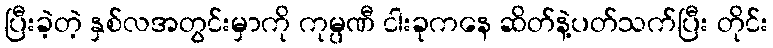
ပြီးခဲ့တဲ့ နှစ်လအတွင်းမှာကို ကုမ္ပဏီ ငါးခုကနေ ဆိတ်နဲ့ပတ်သက်ပြီး တိုင်း